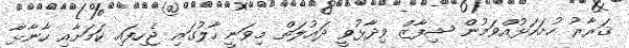
ޤަރާރު ހުށަހަޅުއްވަމުން ޝިފާޒް ވިދާޅުވީ ދައުލަތް މިވަނީ ހާލުގައި ޖެހިފައި ކަމަށާއި ހާނާޅާ